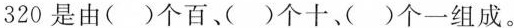
320是由()个百、)个十、)个一组成。